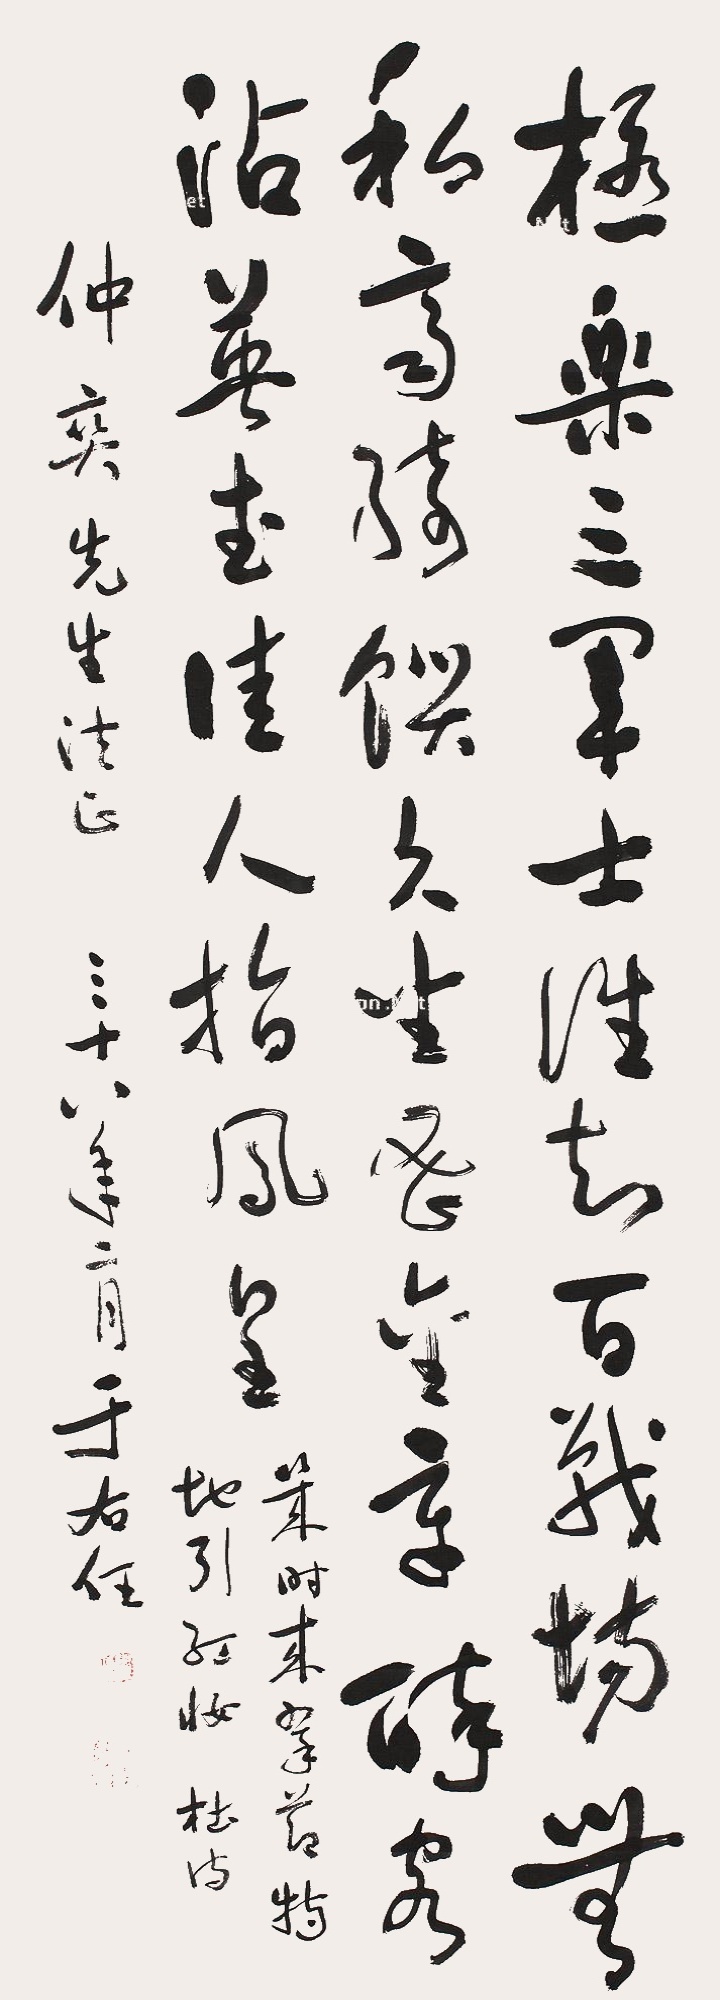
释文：极乐三军士；谁知百战场。无私齐绮馔；久坐密金章。醉客沾英武；佳人指凤凰。几时来翠节；特地引红妆。杜诗，仲爽先生法正，三十八年二月于右任。